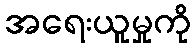
အရေးယူမှုကို